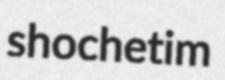
shochetim